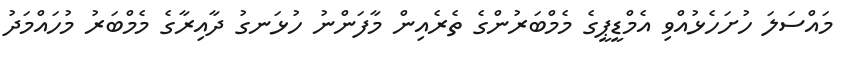
މައްސަލަ ހުށަހެޅުއްވި އެމްޑީޕީގެ މެމްބަރުންގެ ތެރެއިން މާފަންނު ހުޅަނގު ދާއިރާގެ މެމްބަރު މުހައްމަދު